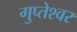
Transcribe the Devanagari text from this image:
गुप्‍तेश्‍वर